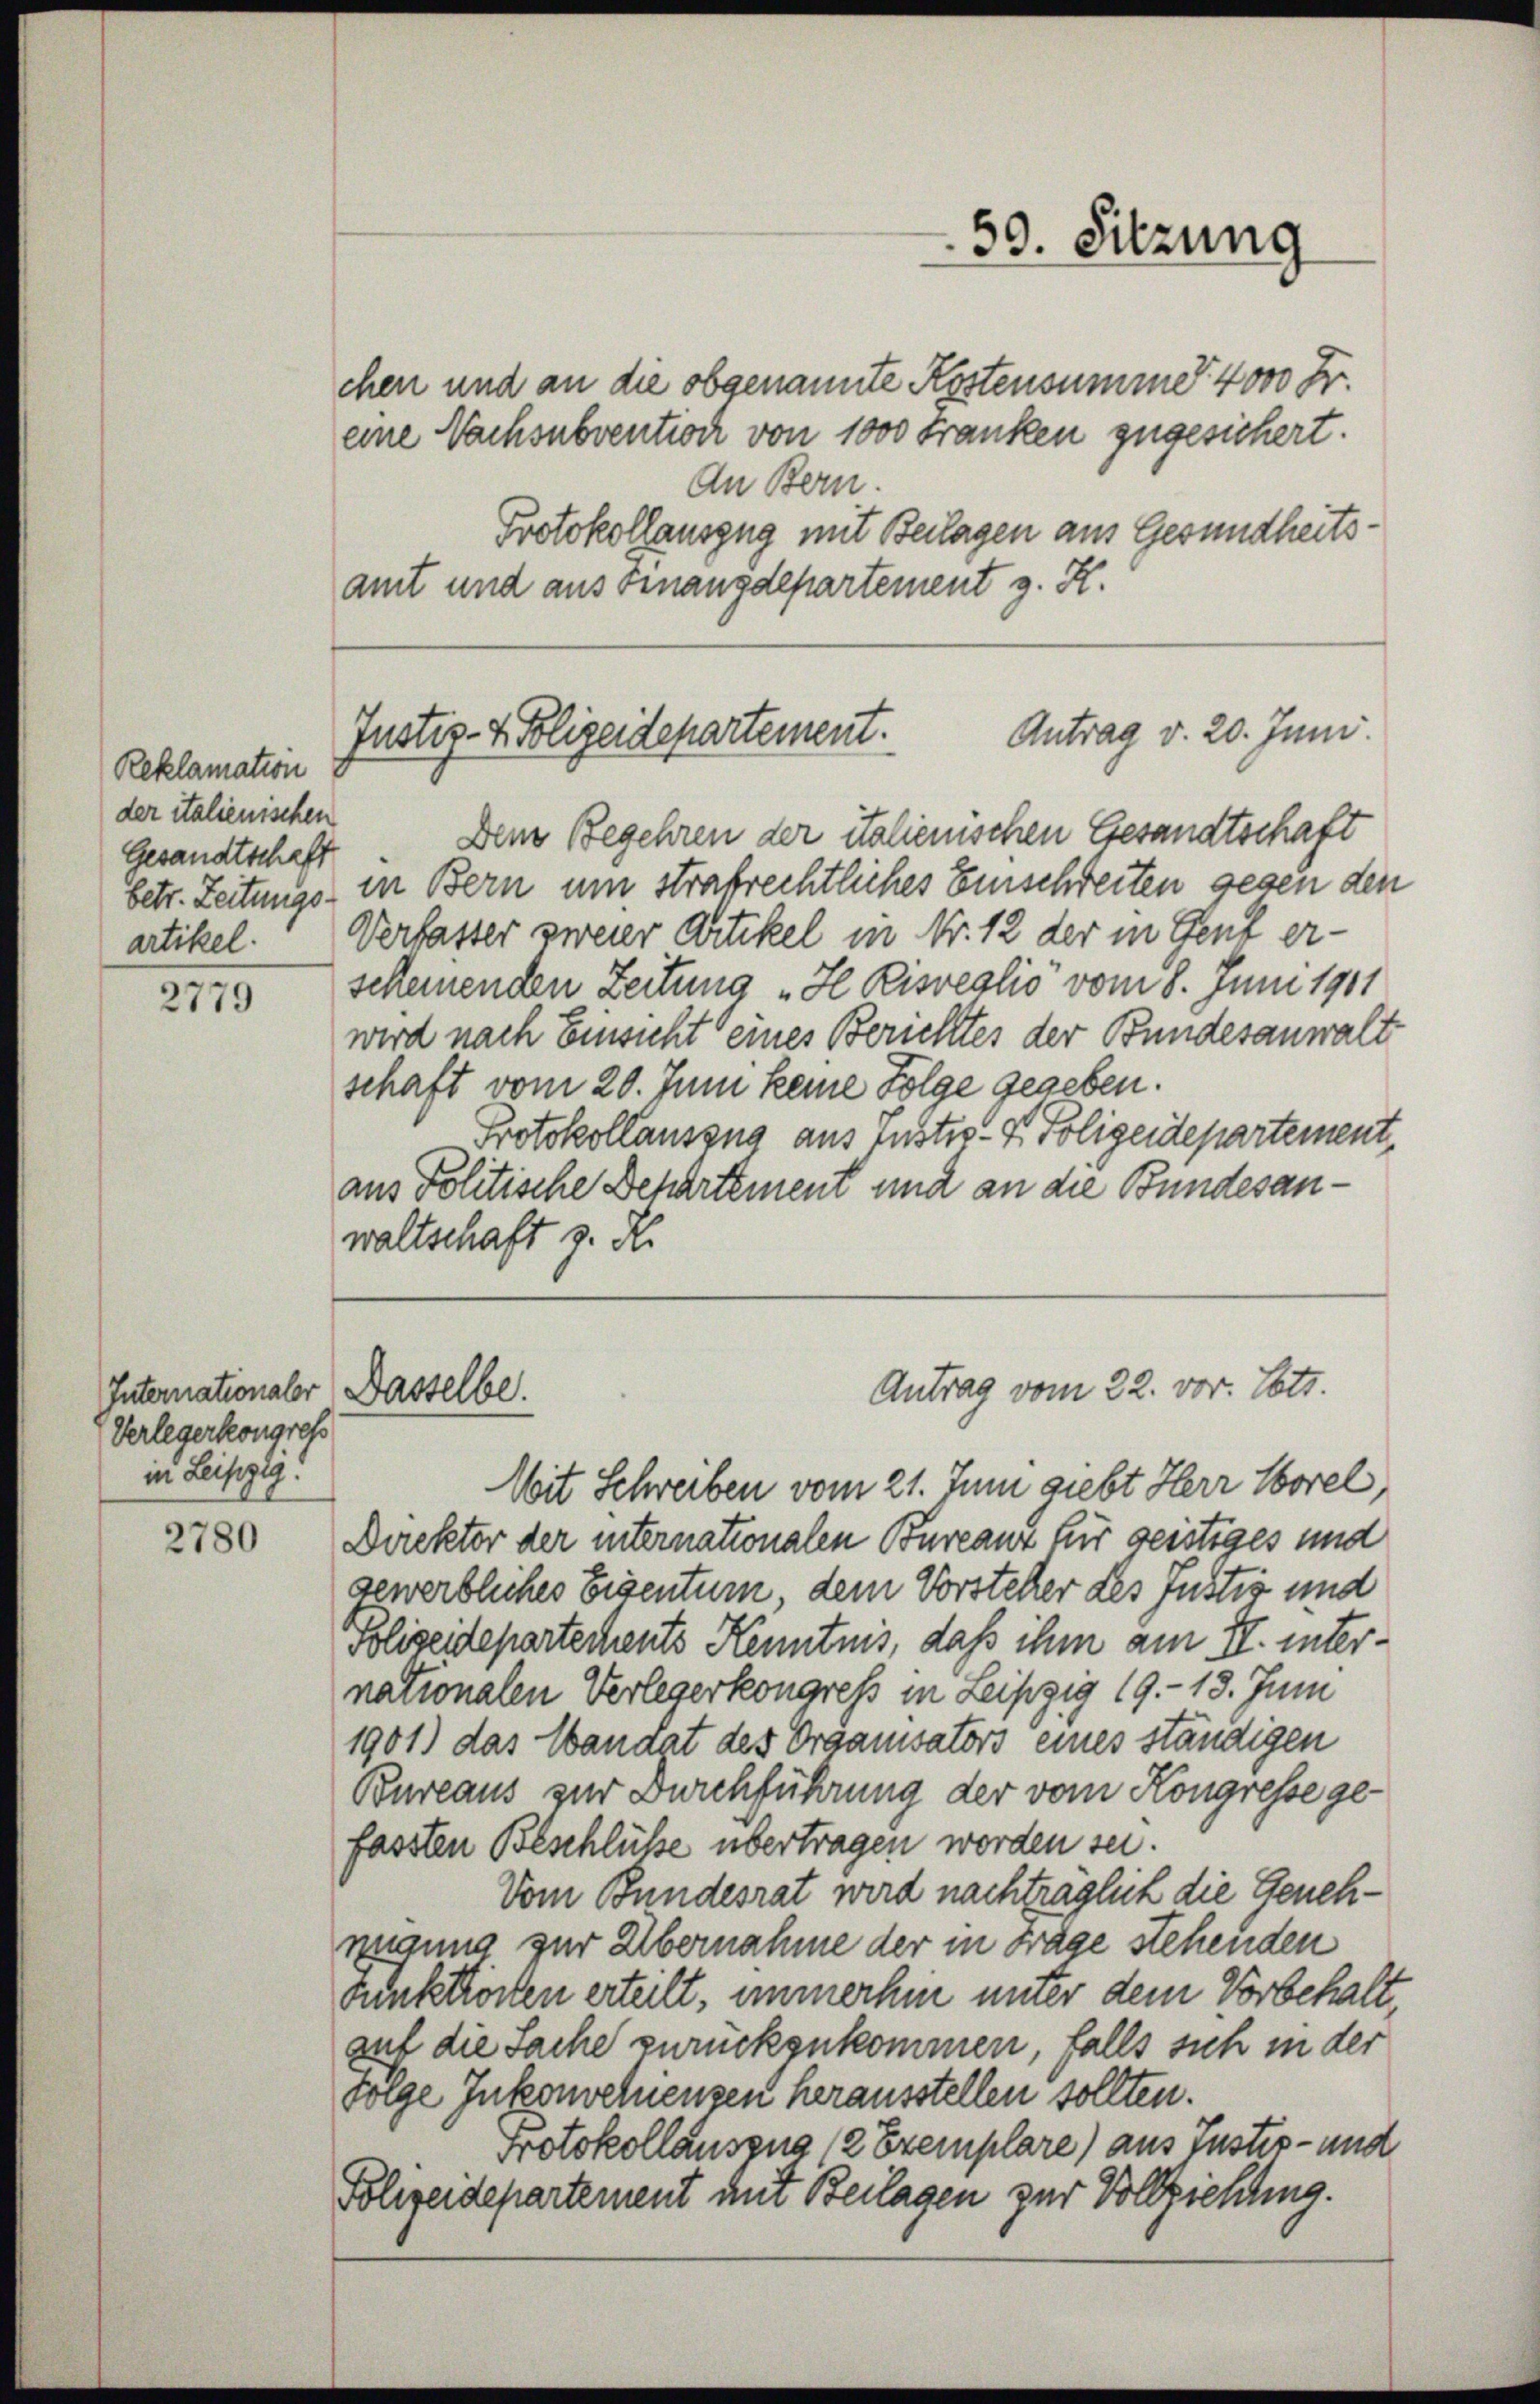
Reklamation
der italienischen
Gesandtschaft

2779

Verlegerkongres
in Leiszig!

2780

chen und an die obgenannte Kostensumme 4000 Fr.
eine Nachsubvention von 1000 Franken zugesichert.
An Bern.
Protokollauszug mit Beilagen aus Gesundheitsamt und aus Finanzdepartement z. R.

59. Sitzung

Antrag v. 20. Juni.
Justiz- & Polizeidepartement.

Dem Begehren der italienischen Gesandtschaft
betr. Zeitungs in Bern um strafrechtliches Einschreiten gegen den
artikel. Verfasser zweier Artikel in Nr. 12 der in Gent er-
scheinenden Zeitung "H Kisveglio vom 8. Juni 1911
wird nach Einsicht eines Berichtes der Bundesanwalt-
schaft vom 20. Juni keine Folge gegeben.
Protokollauszug aus Justi - 4. Polizeidepartement,
aus Politische Departement und an die Bundesanwaltschaft z. R.

Internationaler Dasselbe.

Antrag vom 22. vor. Lott.

Mit Schreiben vom 21. Juni giebt Herr Morel,
Direktor der internationalen Bureauz für geistiges und
gewerbliches Eigentum, dem Vorsteher des Justiz und
Polizeidepartechents Kenntnis, daß ihm am IV. internationalen Verlegerkongress in Leipzig 19.- 13. Juni
1901) das Wandat des Organisators eines ständigen
Bureaus zur Durchführung der vom Kongresse ge-
fassten Beschlüße übertragen worden sei.
Vom Bundesrat wird nachträglich die Genehnügung zur Übernahme der in Frage stehenden
Punktrosten erteilt, immerhin unter dem Vorbehaltauf die Sache zurückgekommen, falls sich in der
Folge Inkonschiensen herausstellen sollten.
Protokollausen 12 Exemplare) aus Juster- und
Folizeidepartement mit Beilagen zur Vollziehung.